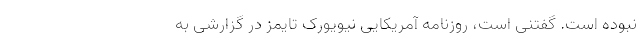
نبوده است. گفتنی است، روزنامه آمریکایی نیویورک تایمز در گزارشی به